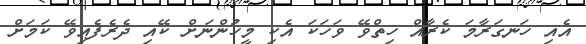
އެއި ހަނގަރާމަ ކެރާއް ހިތްވޭ ވަހަކަ އެކި މީހުންނަށް ކޭއި ދެރެފެއިވޭ ކަމަށް